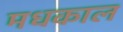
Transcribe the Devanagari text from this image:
मधकाल